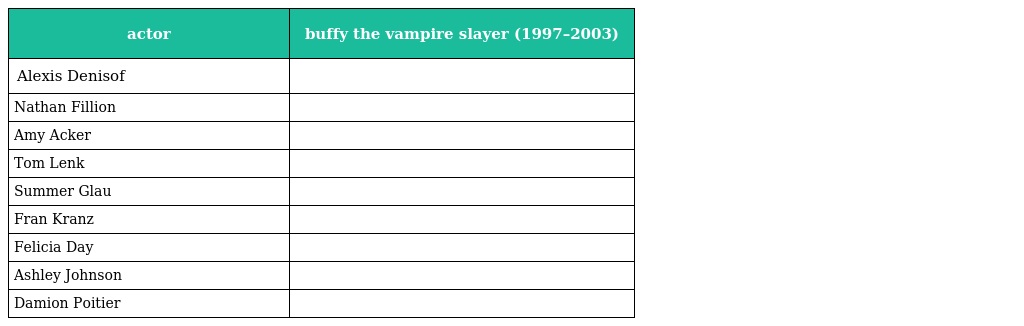
| actor | buffy the vampire slayer (1997–2003) |
 | --- | --- |
 | Alexis Denisof |  |
 | Nathan Fillion |  |
 | Amy Acker |  |
 | Tom Lenk |  |
 | Summer Glau |  |
 | Fran Kranz |  |
 | Felicia Day |  |
 | Ashley Johnson |  |
 | Damion Poitier |  |